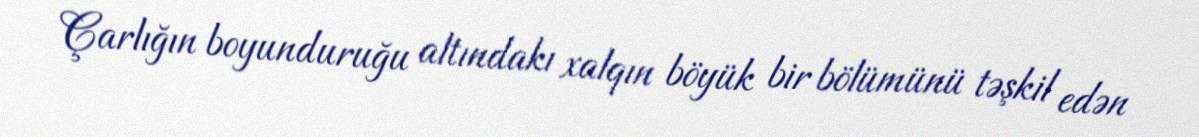
Çarlığın boyunduruğu altındakı xalqın böyük bir bölümünü təşkil edən